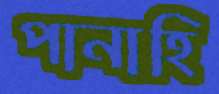
পানাহি